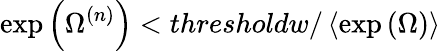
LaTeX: \exp\left(\Omega^{(n)}\right)<thresholdw/\left\langle\exp\left(\Omega\right)\right\rangle